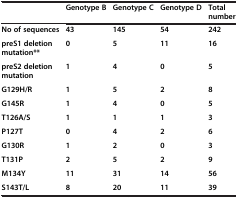
<table><thead><tr><td><b> </b></td><td><b>Genotype B</b></td><td><b>Genotype C</b></td><td><b>Genotype D</b></td><td><b>Total number</b></td></tr></thead><tbody><tr><td><b>No of sequences</b></td><td><b>43</b></td><td><b>145</b></td><td><b>54</b></td><td><b>242</b></td></tr><tr><td><b>preS1 deletion mutation**</b></td><td><b>0</b></td><td><b>5</b></td><td><b>11</b></td><td><b>16</b></td></tr><tr><td><b>preS2 deletion mutation</b></td><td><b>1</b></td><td><b>4</b></td><td><b>0</b></td><td><b>5</b></td></tr><tr><td><b>G129H/R</b></td><td><b>1</b></td><td><b>5</b></td><td><b>2</b></td><td><b>8</b></td></tr><tr><td><b>G145R</b></td><td><b>1</b></td><td><b>4</b></td><td><b>0</b></td><td><b>5</b></td></tr><tr><td><b>T126A/S</b></td><td><b>1</b></td><td><b>1</b></td><td><b>1</b></td><td><b>3</b></td></tr><tr><td><b>P127T</b></td><td><b>0</b></td><td><b>4</b></td><td><b>2</b></td><td><b>6</b></td></tr><tr><td><b>G130R</b></td><td><b>1</b></td><td><b>2</b></td><td><b>0</b></td><td><b>3</b></td></tr><tr><td><b>T131P</b></td><td><b>2</b></td><td><b>5</b></td><td><b>2</b></td><td><b>9</b></td></tr><tr><td><b>M134Y</b></td><td><b>11</b></td><td><b>31</b></td><td><b>14</b></td><td><b>56</b></td></tr><tr><td><b>S143T/L</b></td><td><b>8</b></td><td><b>20</b></td><td><b>11</b></td><td><b>39</b></td></tr></tbody></table>